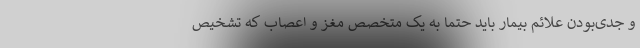
و جدی‌بودن علائم بیمار باید حتما به یک متخصص مغز و اعصاب که تشخیص